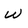
Character: w